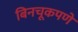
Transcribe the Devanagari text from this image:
बिनचूकपणे